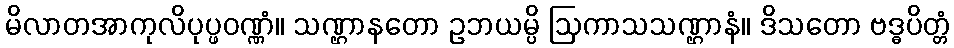
မိလာတအာကုလိပုပ္ဖဝဏ္ဏံ။ သဏ္ဌာနတော ဥဘယမ္ပိ ဩကာသသဏ္ဌာနံ။ ဒိသတော ဗဒ္ဓပိတ္တံ